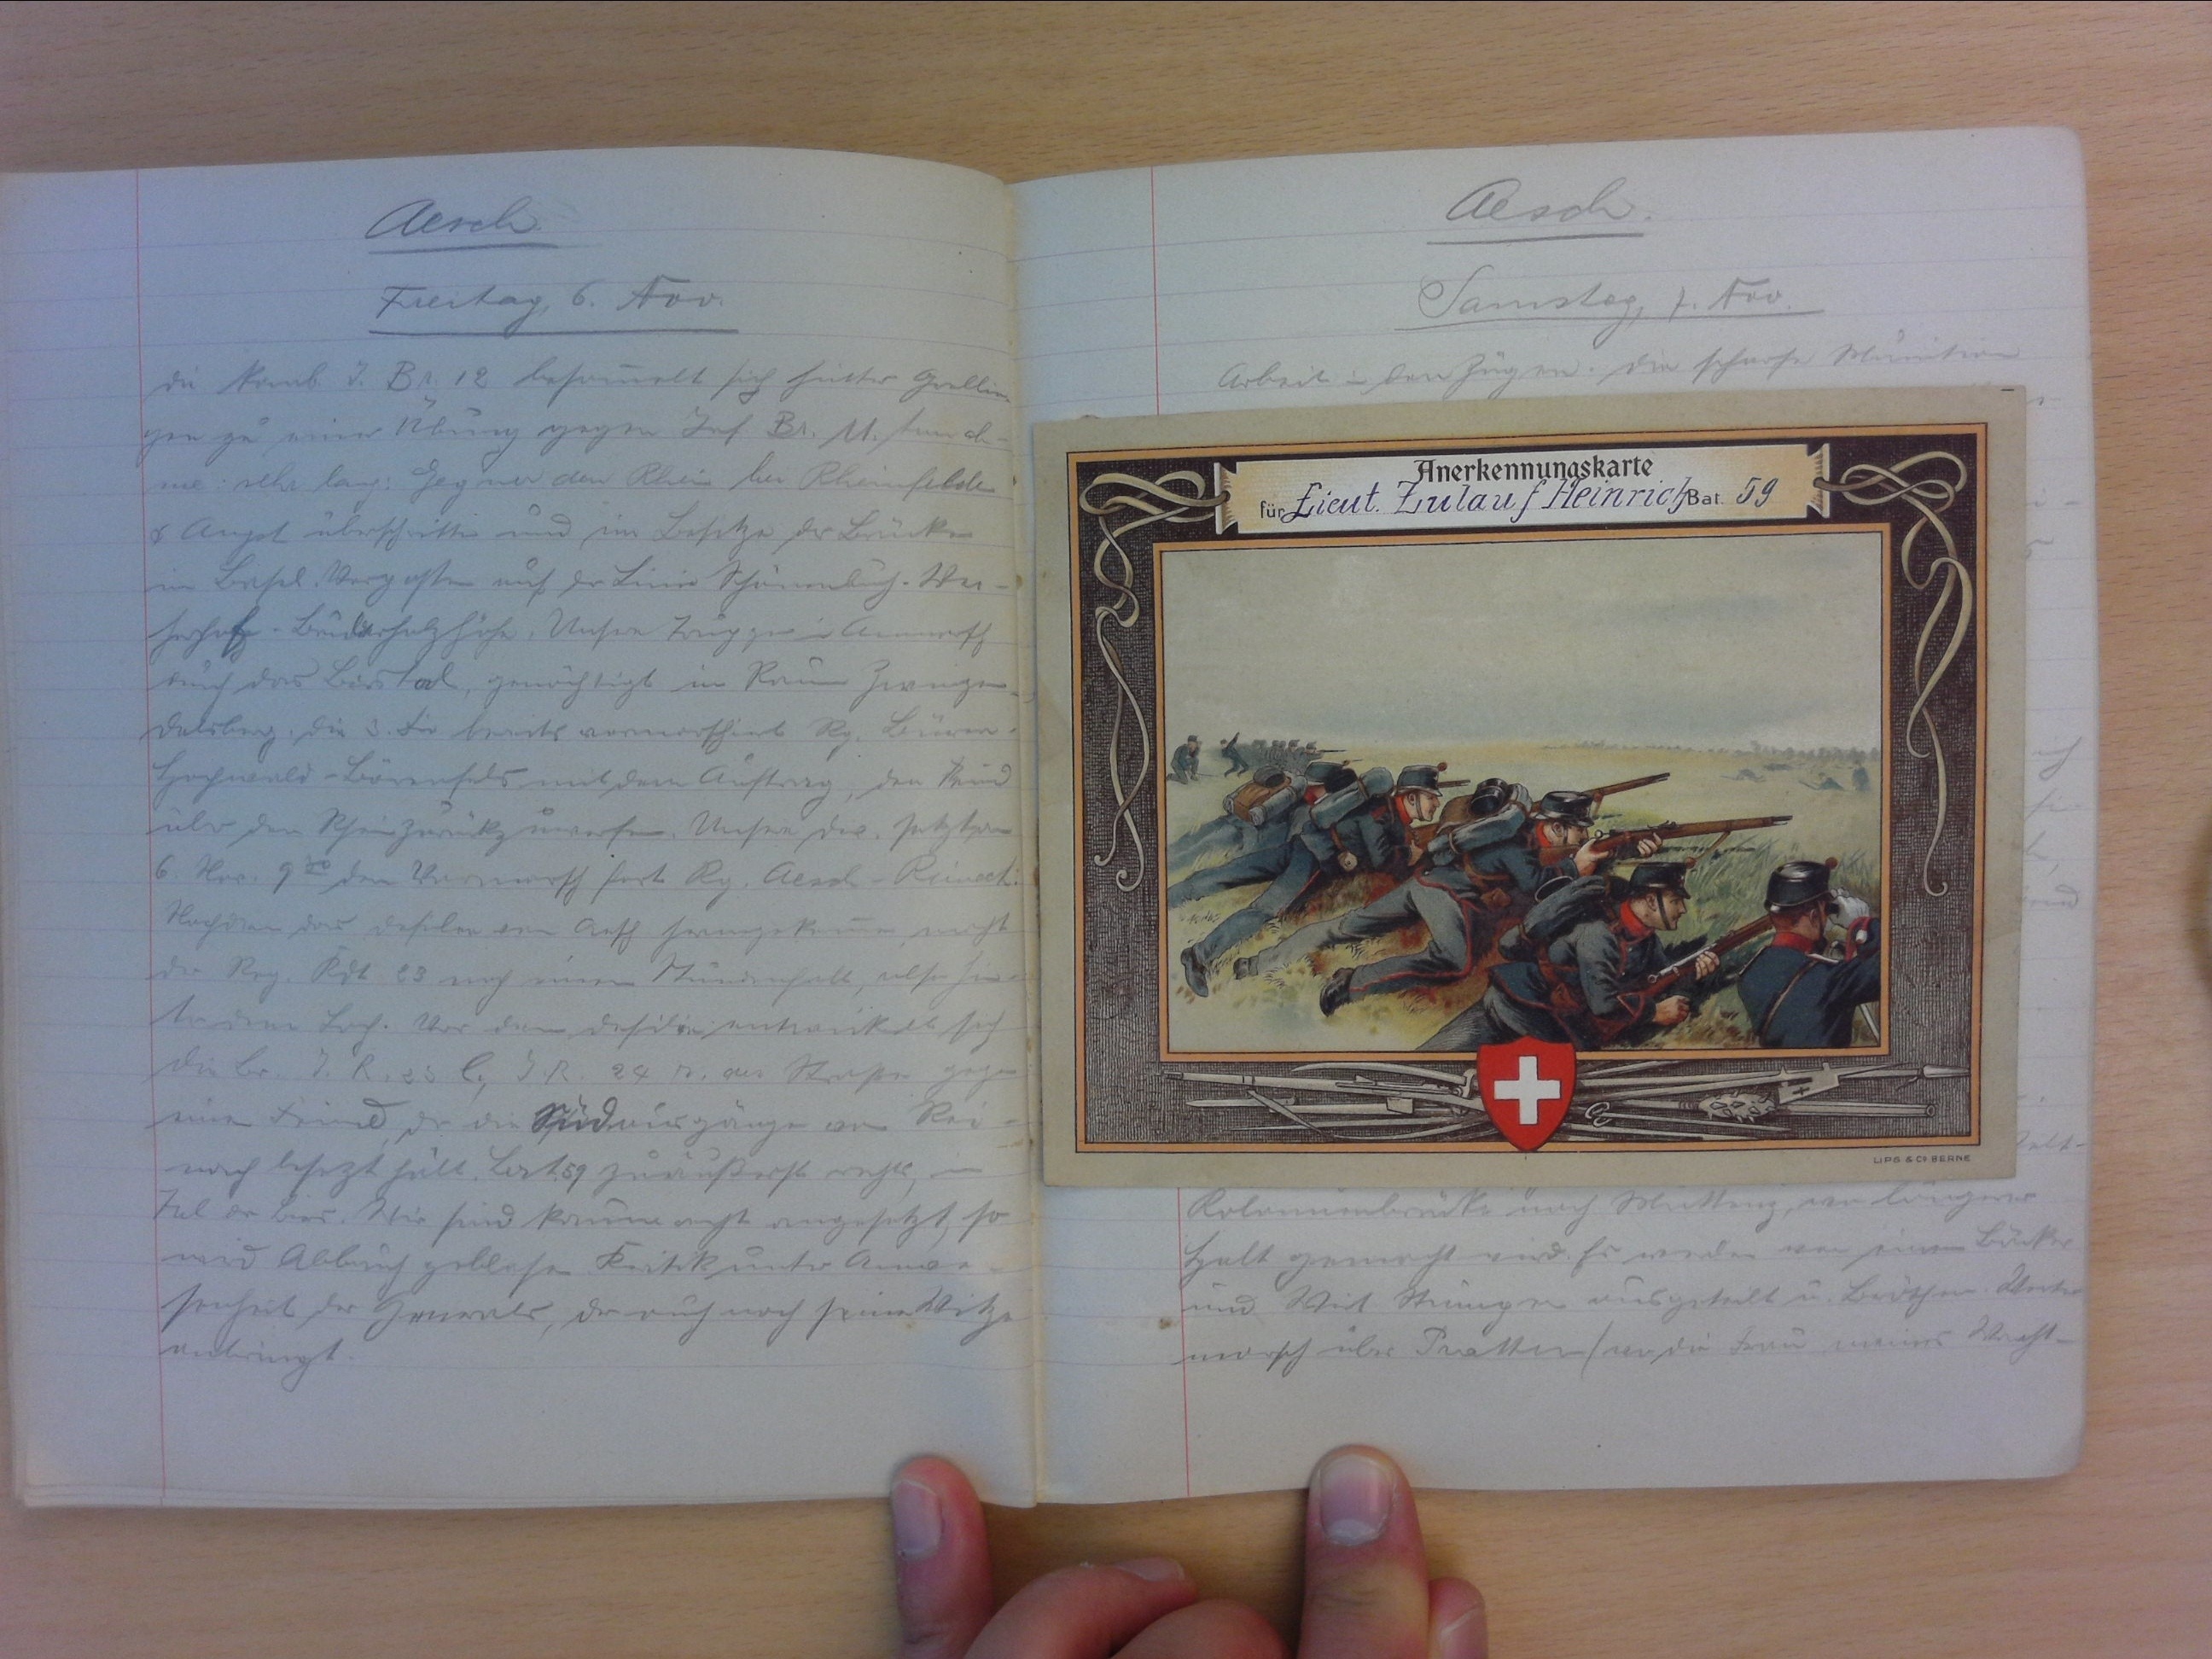
Aesch
Freitag, 6. Nov.
Die Komb. I. Br. 12 besammelt sich hinter Grellin-
gen zu einer Übung Inf. Br. 11. ten ab-
me sehr lang. Gegner am Rhein bei Rheinfelden.
& Augst überschritten und im Besitz der Brücke
im Basel. Vorposten auf der Linie auf der Schönenburg-Wec-
henhof-Bruderholzhöfe. Unsere Truppe im Anmarsch
auf das Birstal, genächtigt im Raum Zwingen
Delsberg. Die 3. bereits vormarschiert Rg. Büren-
Hochwald-Bärenfels mit dem Auftrag, den Feind
über den Rhein zurückzuwerfen. Unsre Div. setzte
6. Nah. 930 den Vormarsch fort Rg. Aesch-Reinach.
Nachdem das Defilee vor Aesch herumgekommen, macht
der Reg. Kdt. 23 noch einen Stundenhalt, also hin-
ter dem Loch. Vor dem Defilee entwickelt sich-
die Br. I. R. 23 & I. R. 24 . R. 2/ K. IR. 24. R. an gegen
einen Feind, der die Südausgänge vor Rei-
nach besetzt hält. Bat. 59 zuäusserst rechts, im
Tal der Birs. Wir sind kaum recht angesetzt, so
wird Abbruch geblasen. Kritik unter Anwe-
senheit der Generals, der auch noch feine Witze
anbringt.